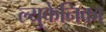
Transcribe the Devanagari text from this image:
ल्युकेनिका